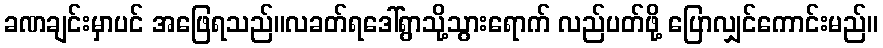
ခဏချင်းမှာပင် အဖြေရသည်။လခတ်ရဒေါ်ရွာသို့သွားရောက် လည်ပတ်ဖို့ ပြောလျှင်ကောင်းမည်။